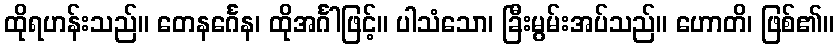
ထိုရဟန်းသည်။ တေနင်္ဂေန၊ ထိုအင်္ဂါဖြင့်။ ပါသံသော၊ ခြီးမွမ်းအပ်သည်။ ဟောတိ၊ ဖြစ်၏။